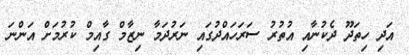
އަދި ހިތަދޫ ދެކުނާއި އުތުރު ސަރަހައްދުގައި ނަރުދަމާ ނިޒާމް ގާއިމް ކުރުމަށް އަންނަ